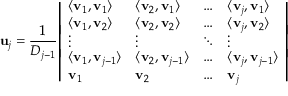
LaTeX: \mathbf { u } _ { j } = { \frac { 1 } { D _ { j - 1 } } } { \left| \begin{array} { l l l l } { \langle \mathbf { v } _ { 1 } , \mathbf { v } _ { 1 } \rangle } & { \langle \mathbf { v } _ { 2 } , \mathbf { v } _ { 1 } \rangle } & { \dots } & { \langle \mathbf { v } _ { j } , \mathbf { v } _ { 1 } \rangle } \\ { \langle \mathbf { v } _ { 1 } , \mathbf { v } _ { 2 } \rangle } & { \langle \mathbf { v } _ { 2 } , \mathbf { v } _ { 2 } \rangle } & { \dots } & { \langle \mathbf { v } _ { j } , \mathbf { v } _ { 2 } \rangle } \\ { \vdots } & { \vdots } & { \ddots } & { \vdots } \\ { \langle \mathbf { v } _ { 1 } , \mathbf { v } _ { j - 1 } \rangle } & { \langle \mathbf { v } _ { 2 } , \mathbf { v } _ { j - 1 } \rangle } & { \dots } & { \langle \mathbf { v } _ { j } , \mathbf { v } _ { j - 1 } \rangle } \\ { \mathbf { v } _ { 1 } } & { \mathbf { v } _ { 2 } } & { \dots } & { \mathbf { v } _ { j } } \end{array} \right| }